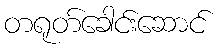
တရုတ်ခေါင်းဆောင်